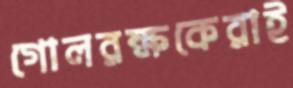
গোলরক্ষকেরাই